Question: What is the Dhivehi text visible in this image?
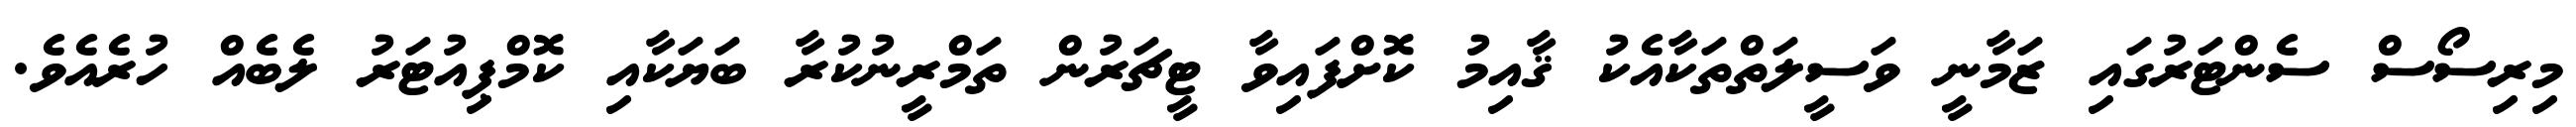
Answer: މިރިސޯސް ސެންޓަރުގައި ޒަމާނީ ވަސީލަތްތަކާއެކު ޤާއިމު ކޮށްފައިވާ ޓީޗަރުން ތަމްރީނުކުރާ ބަޔަކާއި ކޮމްޕިއުޓަރު ލެބެއް ހުރެއެވެ.